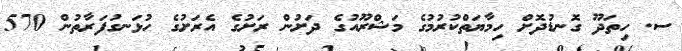
ސ. ހިތަދޫ ގޮނޑުދޮށް ހިމާޔަތްކުރުމުގެ މަޝްރޫއުގެ ދަށުން ރަށުގެ އެރަށުގެ ހުޅަނގުފަރާތުން 570